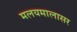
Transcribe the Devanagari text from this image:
मलयमालासर